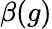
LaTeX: \beta(g)